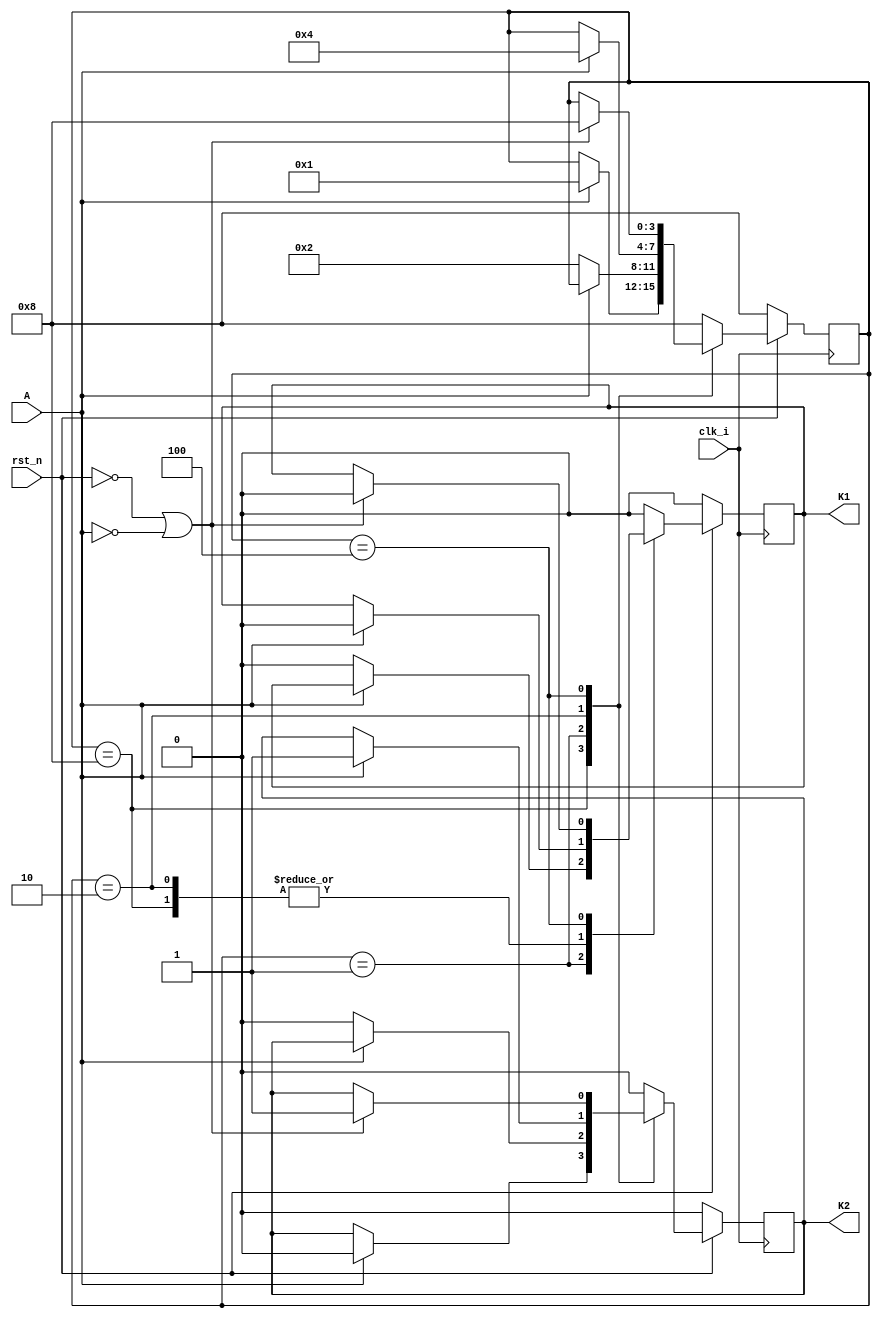
module state1(
		input                      		clk_i,
		input                     		rst_n,
		input                       	A,
		output   reg                    K1,
		output   reg                    K2
    );
	//  onehot
	parameter                  START = 4'b0001;
	parameter                  STOP  = 4'b0010;
	parameter                  CLEAR = 4'b0100;
	parameter                  IDLE  = 4'b1000;
	
    reg [3:0]                  state;
	
	//1-paragraph method to describe FSM
	always @(posedge clk_i) begin
		if(!rst_n) begin
			state <= IDLE;
			{K1,K2} <= {0,0};
		end
		else begin
			case(state)
				IDLE: begin
					if(!rst_n) begin
						state <= IDLE;
						{K1,K2} <= {0,0};
					end
					else if(A) begin
						state <= START;
						{K1,K2} <= {0,0};
					end
				end
				START: begin
					if(!rst_n) begin
						state <= IDLE;
						{K1,K2} <= {0,0};
					end
					else if(!A) begin
						state <= STOP;
						{K1,K2} <= {0,0};
					end
				end
				STOP: begin
					if(!rst_n) begin
						state <= IDLE;
						{K1,K2} <= {0,0};
					end
					else if(A) begin
						state <= CLEAR;
						{K1,K2} <= {0,1};
					end
				end
				CLEAR: begin
					if(!rst_n || !A) begin
						state <= IDLE;
						{K1,K2} <= {0,1};
					end
				end
				default: begin
					state <= IDLE;
					{K1,K2} <= {0,0};
				end
			endcase
		end
	end
endmodule